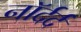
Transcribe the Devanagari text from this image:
नॉर्दर्द